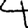
Digit: 4